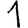
Digit: 1